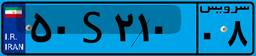
۵۰S۲۱۰۰۸